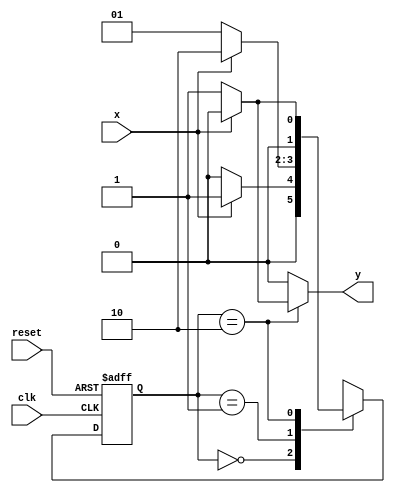
// ARQUITETURA DE cOMPUTADORES - Guia 10 - Exercicio01
//ALUNA : Jessica Luisa Betonico Andrade -  Matricula: 412748



// constant definitions
  `define found    1
  `define notfound 0

// modulo Mealy 010
   module exe01 ( y, x, clk, reset );
   output y;
   input  x;
   input  clk;
   input  reset;

   reg    y;

   parameter         // state identifiers 
   start  = 2'b00,
   id1    = 2'b01,
   id10   = 2'b10;
   

   reg [1:0] E1;	// current state variables
   reg [1:0] E2;	// next state logic output

// next state logic
   always @( x or E1 )
    begin
     y = `notfound;
     case ( E1 )
      start:
        if ( x )
         E2 = id1;
        else
         E2 = start;
      id1:
        if ( x )
         E2 = id10;
        else
         E2 = id1;
      id10:
			if ( x )
	 			begin
					E2 =  start;
					y  = `notfound;
	 			end
			else
	 			begin
	   			E2 =  id1;
	   			y  = `found;
	 			end
      default:   // undefined state
           E2 =  2'bxx;
      endcase
    end // always at signal or state changing

// state variables
   always @( posedge clk or negedge reset )
    begin
     if ( reset )
      E1 = E2;    // updates current state
     else
      E1 = 0;     // reset
    end // always at signal changing

 endmodule 

// --------------------
// ------- TESTE ---------
// --------------------

 module teste;
 reg   clk, reset, x;
 wire  e01;

 exe01 exe1 ( e01, x, clk, reset );

 initial
  begin
   $display ( "\nNome:Jessica Betonico" );
   $display ( "\nTime     X   EXERCICIO01" );

// initial values
       clk   = 1;
       reset = 0;
       x     = 0;

// input signal changing
   #5   reset = 1;
   #10  x = 1;
   #10  x = 0;
   #10  x = 0;
   #10  x = 1;
   #10  x = 0;
   #10  x = 1;
   #10  x = 0;
   #10  x = 1;

   #30 $finish;
 end // initial

 always
  #5 clk = ~clk;

 always @( posedge clk )
  begin
   $display ( "%4d  %4b  %4b", $time, x, e01 );

  end // always at positive edge clocking changing

 endmodule